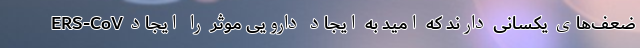
ERS-CoV ضعف‌های یکسانی دارند که امید به ایجاد دارویی موثر را ایجاد